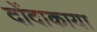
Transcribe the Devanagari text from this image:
दोंदाकाया